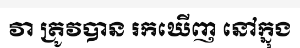
វា ត្រូវបាន រកឃើញ នៅក្នុង